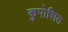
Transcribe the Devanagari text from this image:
कुपोशित